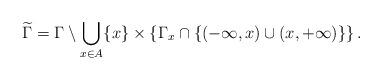
LaTeX: \begin{align*}\widetilde \Gamma = \Gamma \setminus \bigcup_{x\in A} \{x\}\times \left\{\Gamma_x\cap\{(-\infty,x)\cup(x,+\infty)\} \right\}.\end{align*}